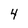
Character: 4